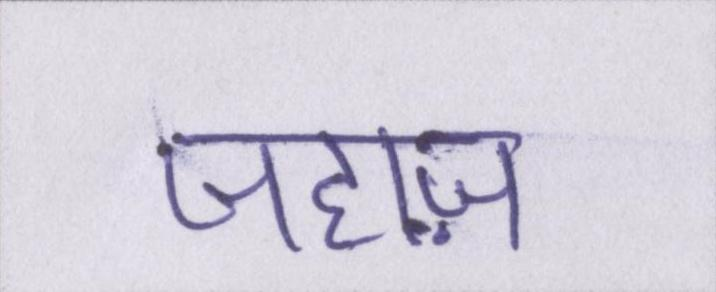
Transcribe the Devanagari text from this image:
जहाज़